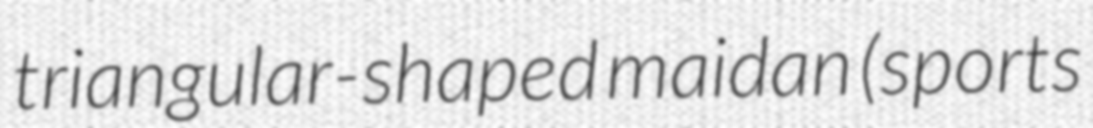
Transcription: triangular-shaped maidan (sports